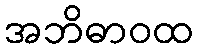
အဘိဓာဝထ